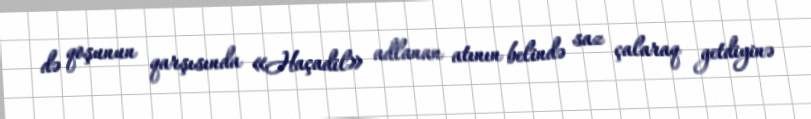
də qoşunun qarşısında «Haçadil» adlanan atının belində saz çalaraq getdiyinə